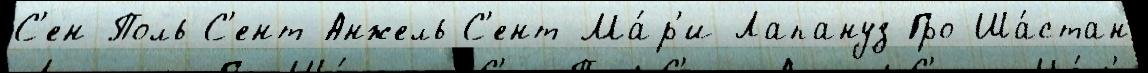
С'ен-Поль С'ент-Анжель С'ент-Ма́р'и-Лапануз Гро-Ша́стан